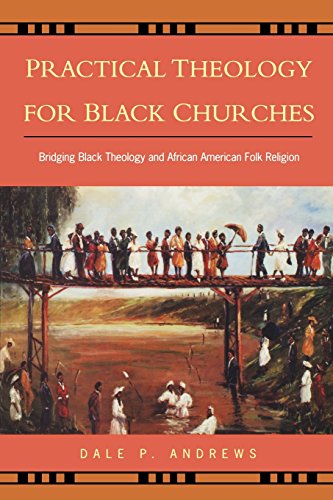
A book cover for Practical Theology for Black Churches: Bridging Black Theology & African American Folk Religion; Dale P. Andrews; Christian Books & Bibles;